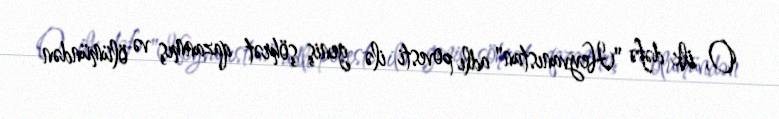
O, ilk dəfə "Heyvanıstan" adlı povesti ilə geniş şöhrət qazanmış və ölümündən